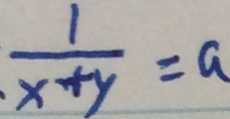
\frac { 1 } { . x + y } = a